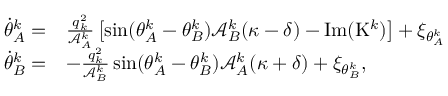
\begin{array} { r l } { \! \! \dot { \theta } _ { A } ^ { k } = } & { \frac { q _ { k } ^ { 2 } } { \mathcal { A } _ { A } ^ { k } } \left[ \sin ( \theta _ { A } ^ { k } - \theta _ { B } ^ { k } ) \mathcal { A } _ { B } ^ { k } ( \kappa - \delta ) - \mathrm { I m } ( \mathrm { K } ^ { k } ) \right] + \xi _ { \theta _ { A } ^ { k } } } \\ { \! \! \dot { \theta } _ { B } ^ { k } = } & { - \frac { q _ { k } ^ { 2 } } { \mathcal { A } _ { B } ^ { k } } \sin ( \theta _ { A } ^ { k } - \theta _ { B } ^ { k } ) { \mathcal { A } _ { A } ^ { k } ( \kappa + \delta ) } + \xi _ { \theta _ { B } ^ { k } } , } \end{array}